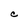
Character: C